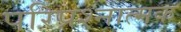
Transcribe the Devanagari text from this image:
परिप्रश्नात्मक